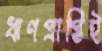
ঋণপ্রাপ্তিই